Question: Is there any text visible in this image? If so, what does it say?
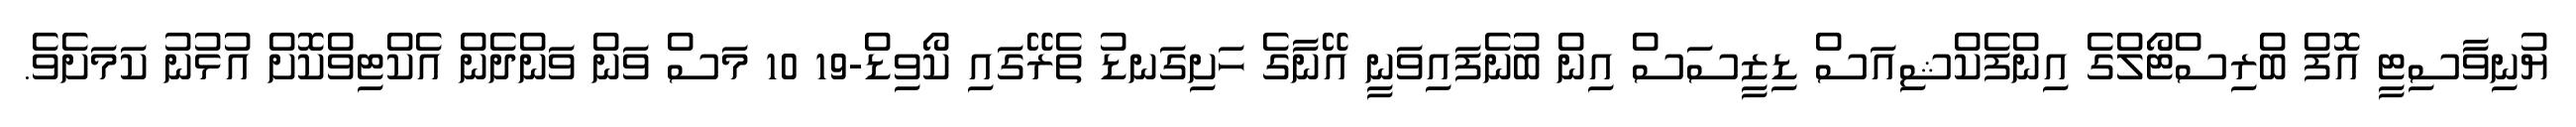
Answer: ޔުނިވާސިޓީ އޮފް ބްރިސްޓޯލްގެ އިންފެކްޝިއަސް ޑިޒީސަސް އިން ބުނެފައިވަނީ އޭނާގެ ހަށިގަނޑު ތެރޭގައި ކޯވިޑް-19 10 މަސް ވަން ވަންދެން އެކްޓިވްކޮށް އުޅުނު ކަމަށެވެ.